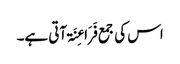
اس کی جمع فَرَاعِنَۃ آتی ہے۔